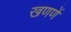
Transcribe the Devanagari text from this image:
खणणें